Tartu_linnavalitsus, lk 44
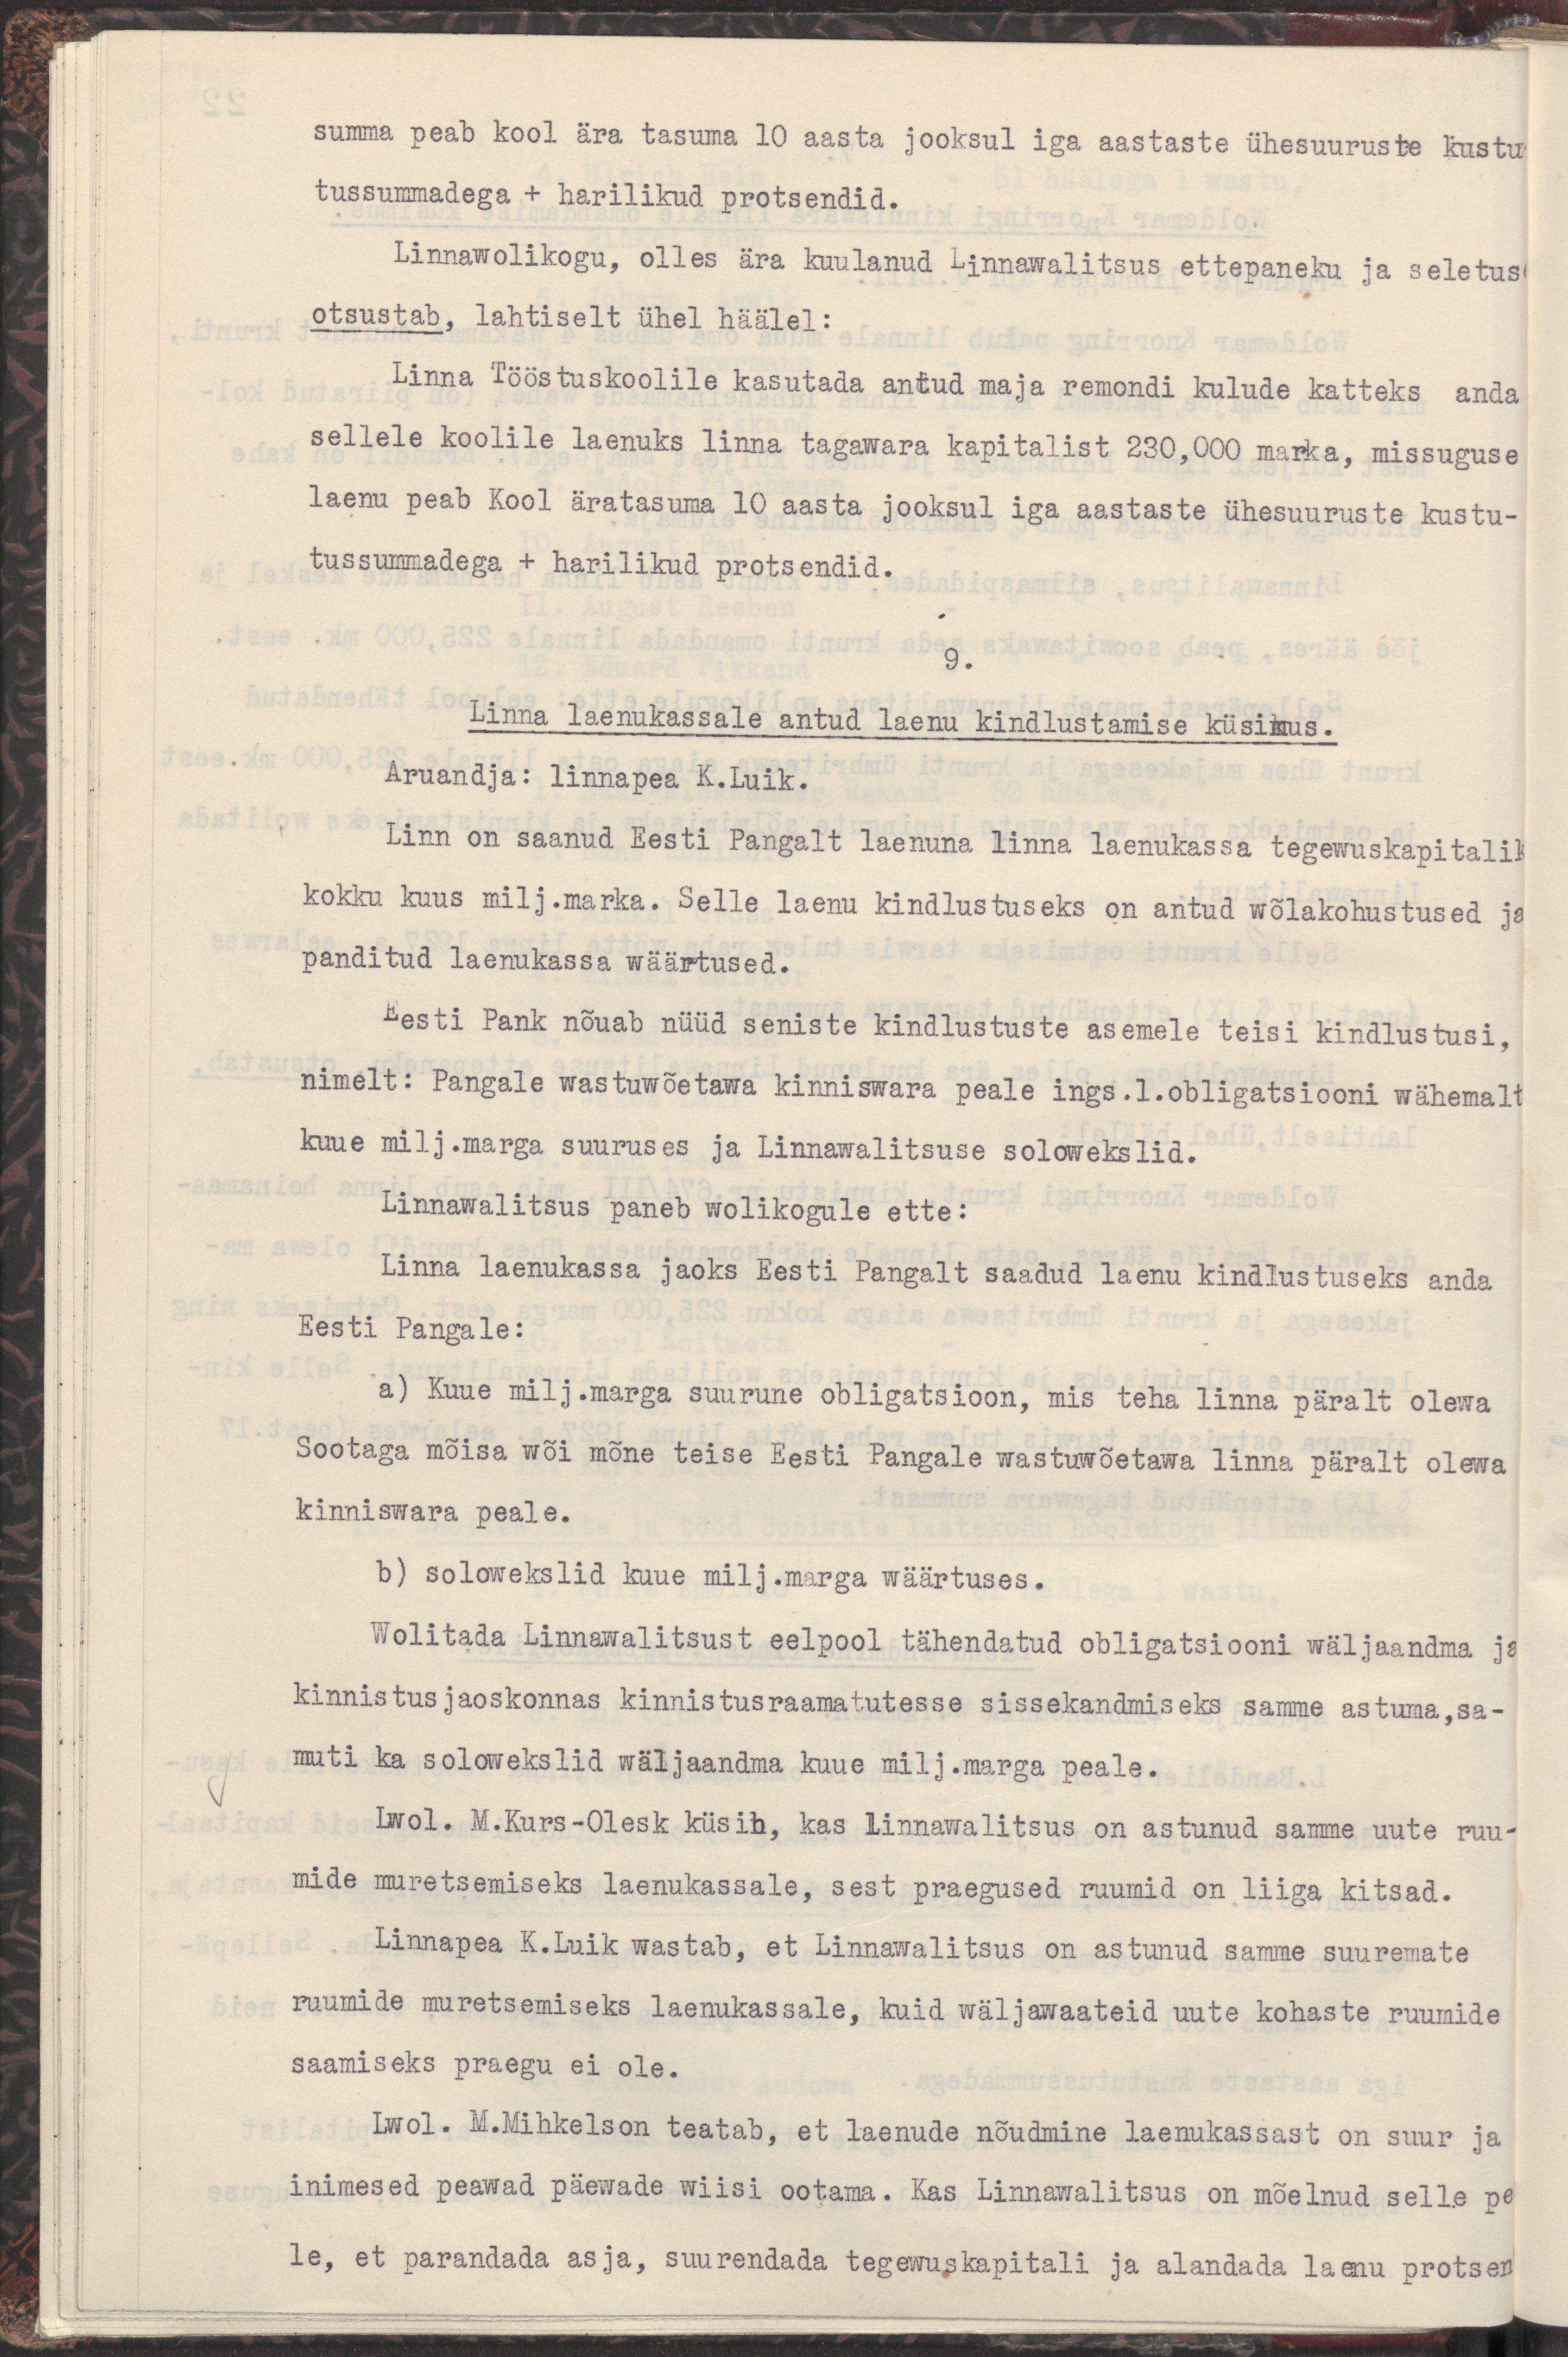
summa peab kool ära tasuma 10 aasta jooksul iga aastaste ühesuuruste kustu
tussummadega + harilikud protsendid.
Linnawolikogu, olles ära kuulanud Linnawalitsuse ettepaneku ja seletus
otsustab, lahtiselt ühel häälel:
Linna Tööstuskoolile kasutada antud maja remondi kulude katteks  anda
sellele koolile laenuks linna tagawara kapitalist 230,000 marka, missuguse
laenu peab Kool äratasuma 10 aasta jooksul iga aastaste ühesuuruste kustu-
tussummadega + harilikud protsendid.
9.
Linna laenukassale antud laenu kindlustamise küsimus.
Aruandja: linnapea K.Luik.
Linn on saanud Eesti Pangalt laenuna linna laenukassa tegewuskapitalik
kokku kuus milj.marka. Selle laenu kindlustuseks on antud wõlakohustused ja 
panditud laenukassa wäärtused.
Eesti Pank nõuab nüüd seniste kindlustuste asemele teisi kindlustusi,
nimelt: Pangale wastuwõetawa kinniswara peale ings.1.obligatsiooni wähemalt
kuue milj.marga suuruses ja Linnawalitsuse solowekslid.
Linnawalitsus paneb wolikogule ette:
Linna laenukassa jaoks Eesti Pangalt saadud laenu kindlustuseks anda
Eesti Pangale:
a) Kuue milj.marga suurune obligatsioon, mis teha linna päralt olewa
Sootaga mõisa wõi mõne teise Eesti Pangale wastuwõetawa linna päralt olewa
kinniswara peale.
b) solowekslid kuue milj.marga wäärtuses.
Wolitada Linnawalitsust eelpool tähendatud obligatsiooni wäljaandma ja
kinnistusjaoskonnas kinnistusraamatutesse sissekandmiseks samme astuma,sa-
muti ka solowekslid wäljaandma kuue milj.marga peale.
Lwol. M.Kurs-Olesk küsib, kas Linnawalitsus on astunud samme uute ruu-
mide muretsemiseks laenukassale, sest praegused ruumid on liiga kitsad.
Linnapea K.Luik wastab, et Linnawalitsus on astunud samme suuremate
ruumide muretsemiseks laenukassale, kuid wäljawaateid uute kohaste ruumide
saamiseks praegu ei ole. 
Lwol. M.Mihkelson teatab, et laenude nõudmine laenukassast on suur ja 
inimesed peawad päewade wiisi ootama. Kas Linnawalitsus on mõelnud selle pe
le, et parandada asja, suurendada tegewuskapitali ja alandada laenu protsen